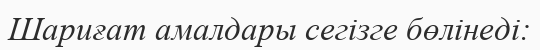
Шариғат амалдары сегізге бөлінеді: